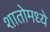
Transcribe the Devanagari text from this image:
शातोमध्ये